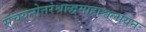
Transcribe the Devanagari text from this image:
संचयनोत्तरंश्राद्धमाहाश्वलायनः